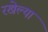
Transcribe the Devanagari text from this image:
रखेल्या